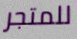
للمتجر